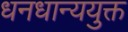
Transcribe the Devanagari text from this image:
धनधान्ययुक्त